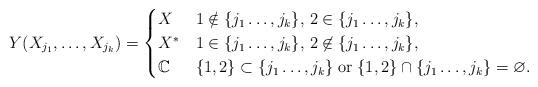
LaTeX: \begin{align*}Y(X_{j_1}, \dots, X_{j_k})= \begin{cases}X & 1 \notin \{j_1\ldots, j_k\},\, 2 \in \{j_1\ldots, j_k\},\\X^* & 1 \in \{j_1\ldots, j_k\},\, 2 \not\in \{j_1\ldots, j_k\}, \\\mathbb C &\{1,2\} \subset \{j_1\ldots, j_k\} \; \textrm{or}\; \{1,2\}\cap \{j_1\ldots, j_k\}=\varnothing.\end{cases}\end{align*}